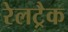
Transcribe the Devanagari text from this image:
रेलट्रैक